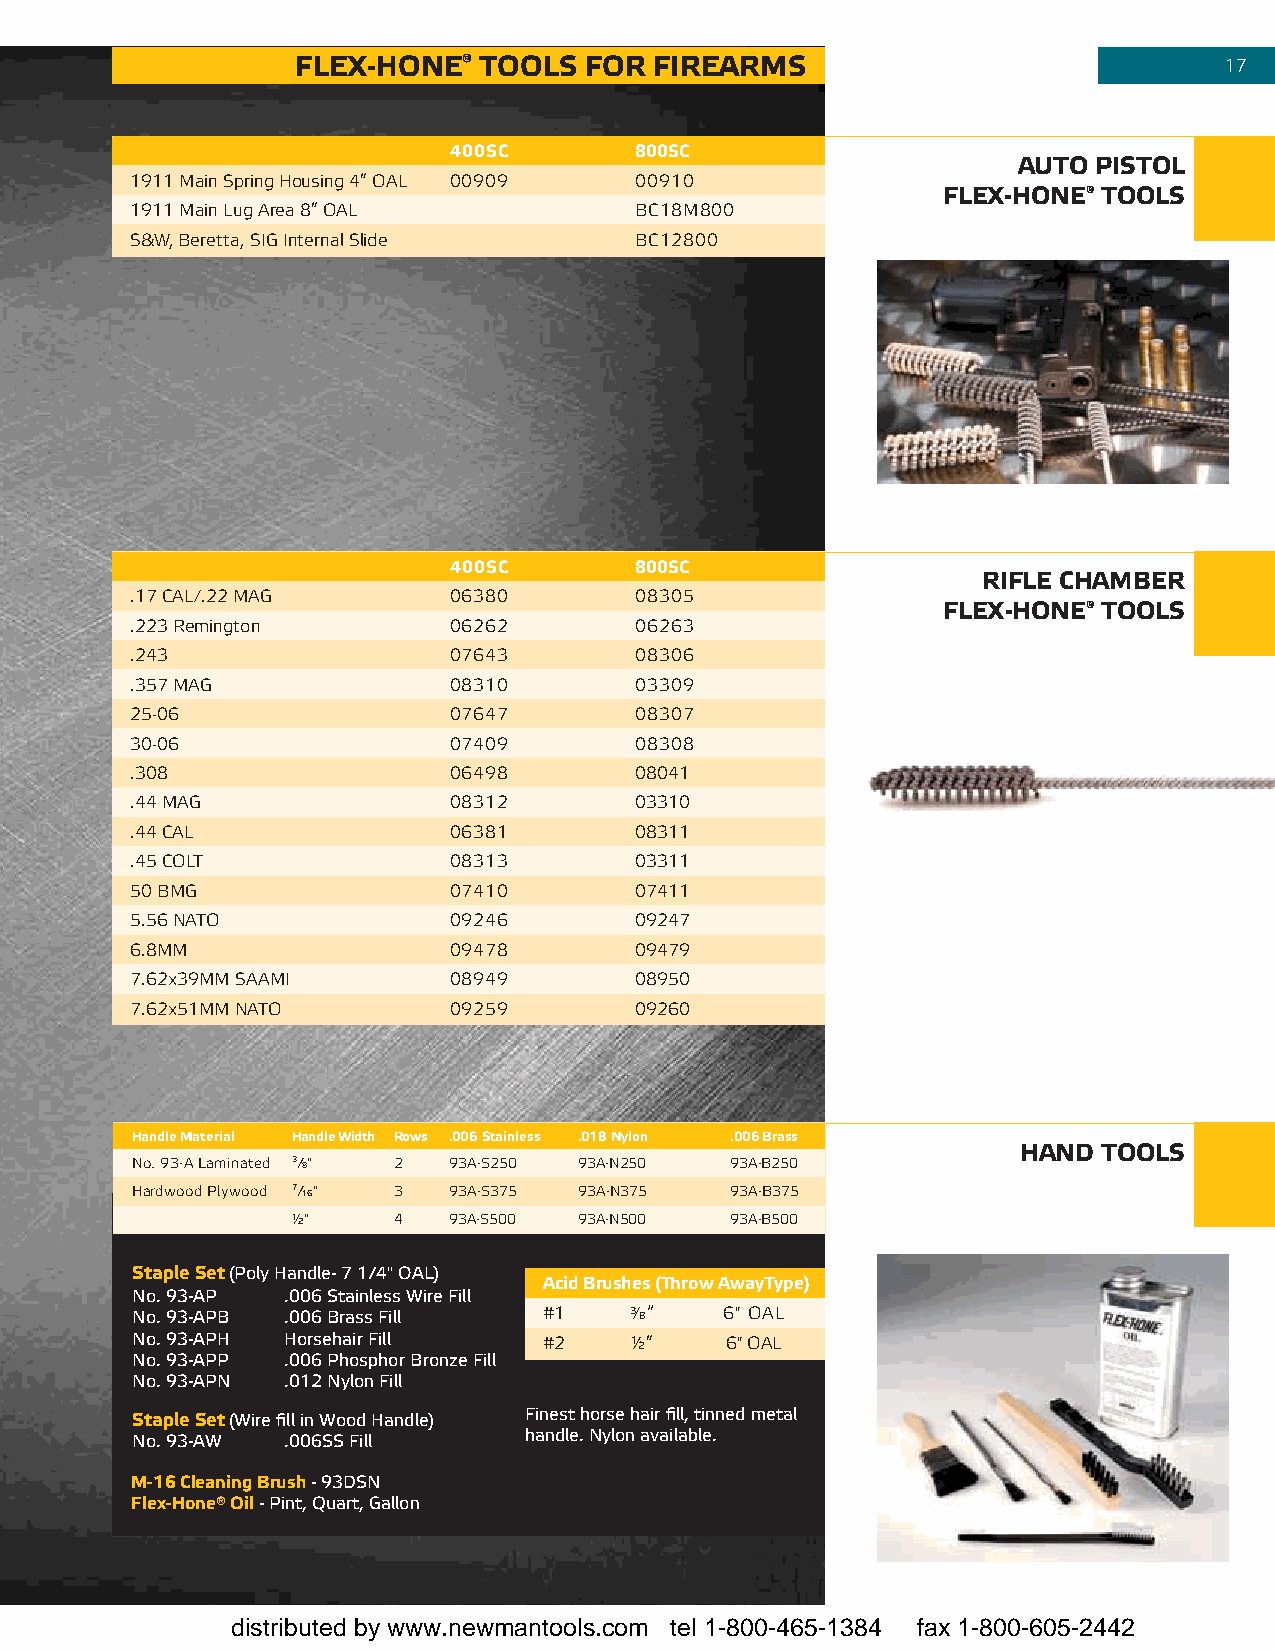
fleX-Hone®  tools  foR fIReaRMs                              17
 400sc       800sc
 auto PIstol
 1911 main spring housing 4” oaL 00909 00910
 fleX-Hone® tools
 1911 main Lug area 8” oaL        Bc18m800
 s&W, Beretta, sig internal slide Bc12800
 400sc       800sc
 RIfle cHaMbeR
 .17 caL/.22 mag      06380       08305
 fleX-Hone® tools
 .223 remington       06262       06263
 .243                 07643       08306
 .357 mag             08310       03309
 25-06                07647       08307
 30-06                07409       08308
 .308                 06498       08041
 .44 mag              08312       03310
 .44 caL              06381       08311
 .45 coLt             08313       03311
 50 Bmg               07410       07411
 5.56 nato            09246       09247
 6.8mm                09478       09479
 7.62x39mm saami      08949       08950
 7.62x51mm nato       09259       09260
 Handle Material Handle Width Rows .006 stainless .018 nylon .006 brass
 Hand tools
 no. 93-a Laminated 3/8" 2 93a-s250 93a-n250 93a-B250
 hardwood Plywood 7/16" 3 93a-s375 93a-n375 93a-B375
 ½"     4   93a-s500 93a-n500 93a-B500
 staple set (Poly Handle- 7 1/4" OAL)
 acid brushes (Throw awaytype)
 No. 93-AP .006 Stainless Wire Fill
 No. 93-APB .006 Brass Fill #1    3/8 “ 6" oaL
 No. 93-APH Horsehair Fill  #2    ½”    6" oaL
 No. 93-APP .006 Phosphor Bronze Fill
 No. 93-APN .012 Nylon Fill
 staple set (Wire fill in Wood Handle) Finest horse hair fill, tinned metal
 No. 93-AW .006SS Fill     handle. Nylon available.
 M-16 cleaning brush - 93DSN
 flex-Hone® oil - Pint, Quart, Gallon
 distributed by www.newmantools.com tel 1-800-465-1384 fax 1-800-605-2442